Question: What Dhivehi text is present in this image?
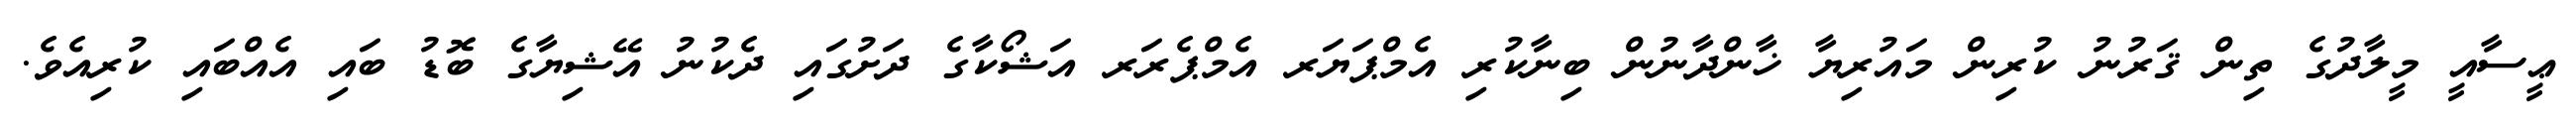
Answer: ޢީސާއީ މީލާދުގެ ތިން ޤަރުނު ކުރިން މައުރިޔާ ޚާންދާނުން ބިނާކުރި އެމްޕަޔަރ އެމްޕެރަރ އަޝޯކާގެ ދަށުގައި ދެކުނު އޭޝިޔާގެ ބޮޑު ބައި އެއްބައި ކުރިއެވެ.